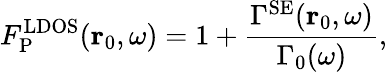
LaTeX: F_{\mathrm{P}}^{\mathrm{LDOS}}({\mathbf r}_{0},\omega)=1+\frac{\Gamma^{\mathrm{SE}}({\mathbf r}_{0},\omega)}{\Gamma_{0}(\omega)},